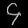
Digit: ၄